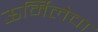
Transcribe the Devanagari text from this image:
ऊर्मिलेचा